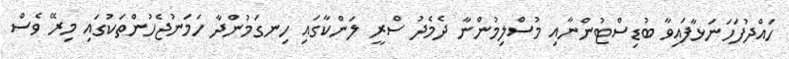
ހައްދުފަހަނަޅާފައިވާ ބުޑިސްޓުންނާއި މުސްލިމުންނާ ދެމެދު ސްރީ ލަންކާގައި ހިނގަމުންދާ ހަމަނުޖެހުންތަކުގައި މިރޭ ވެސް